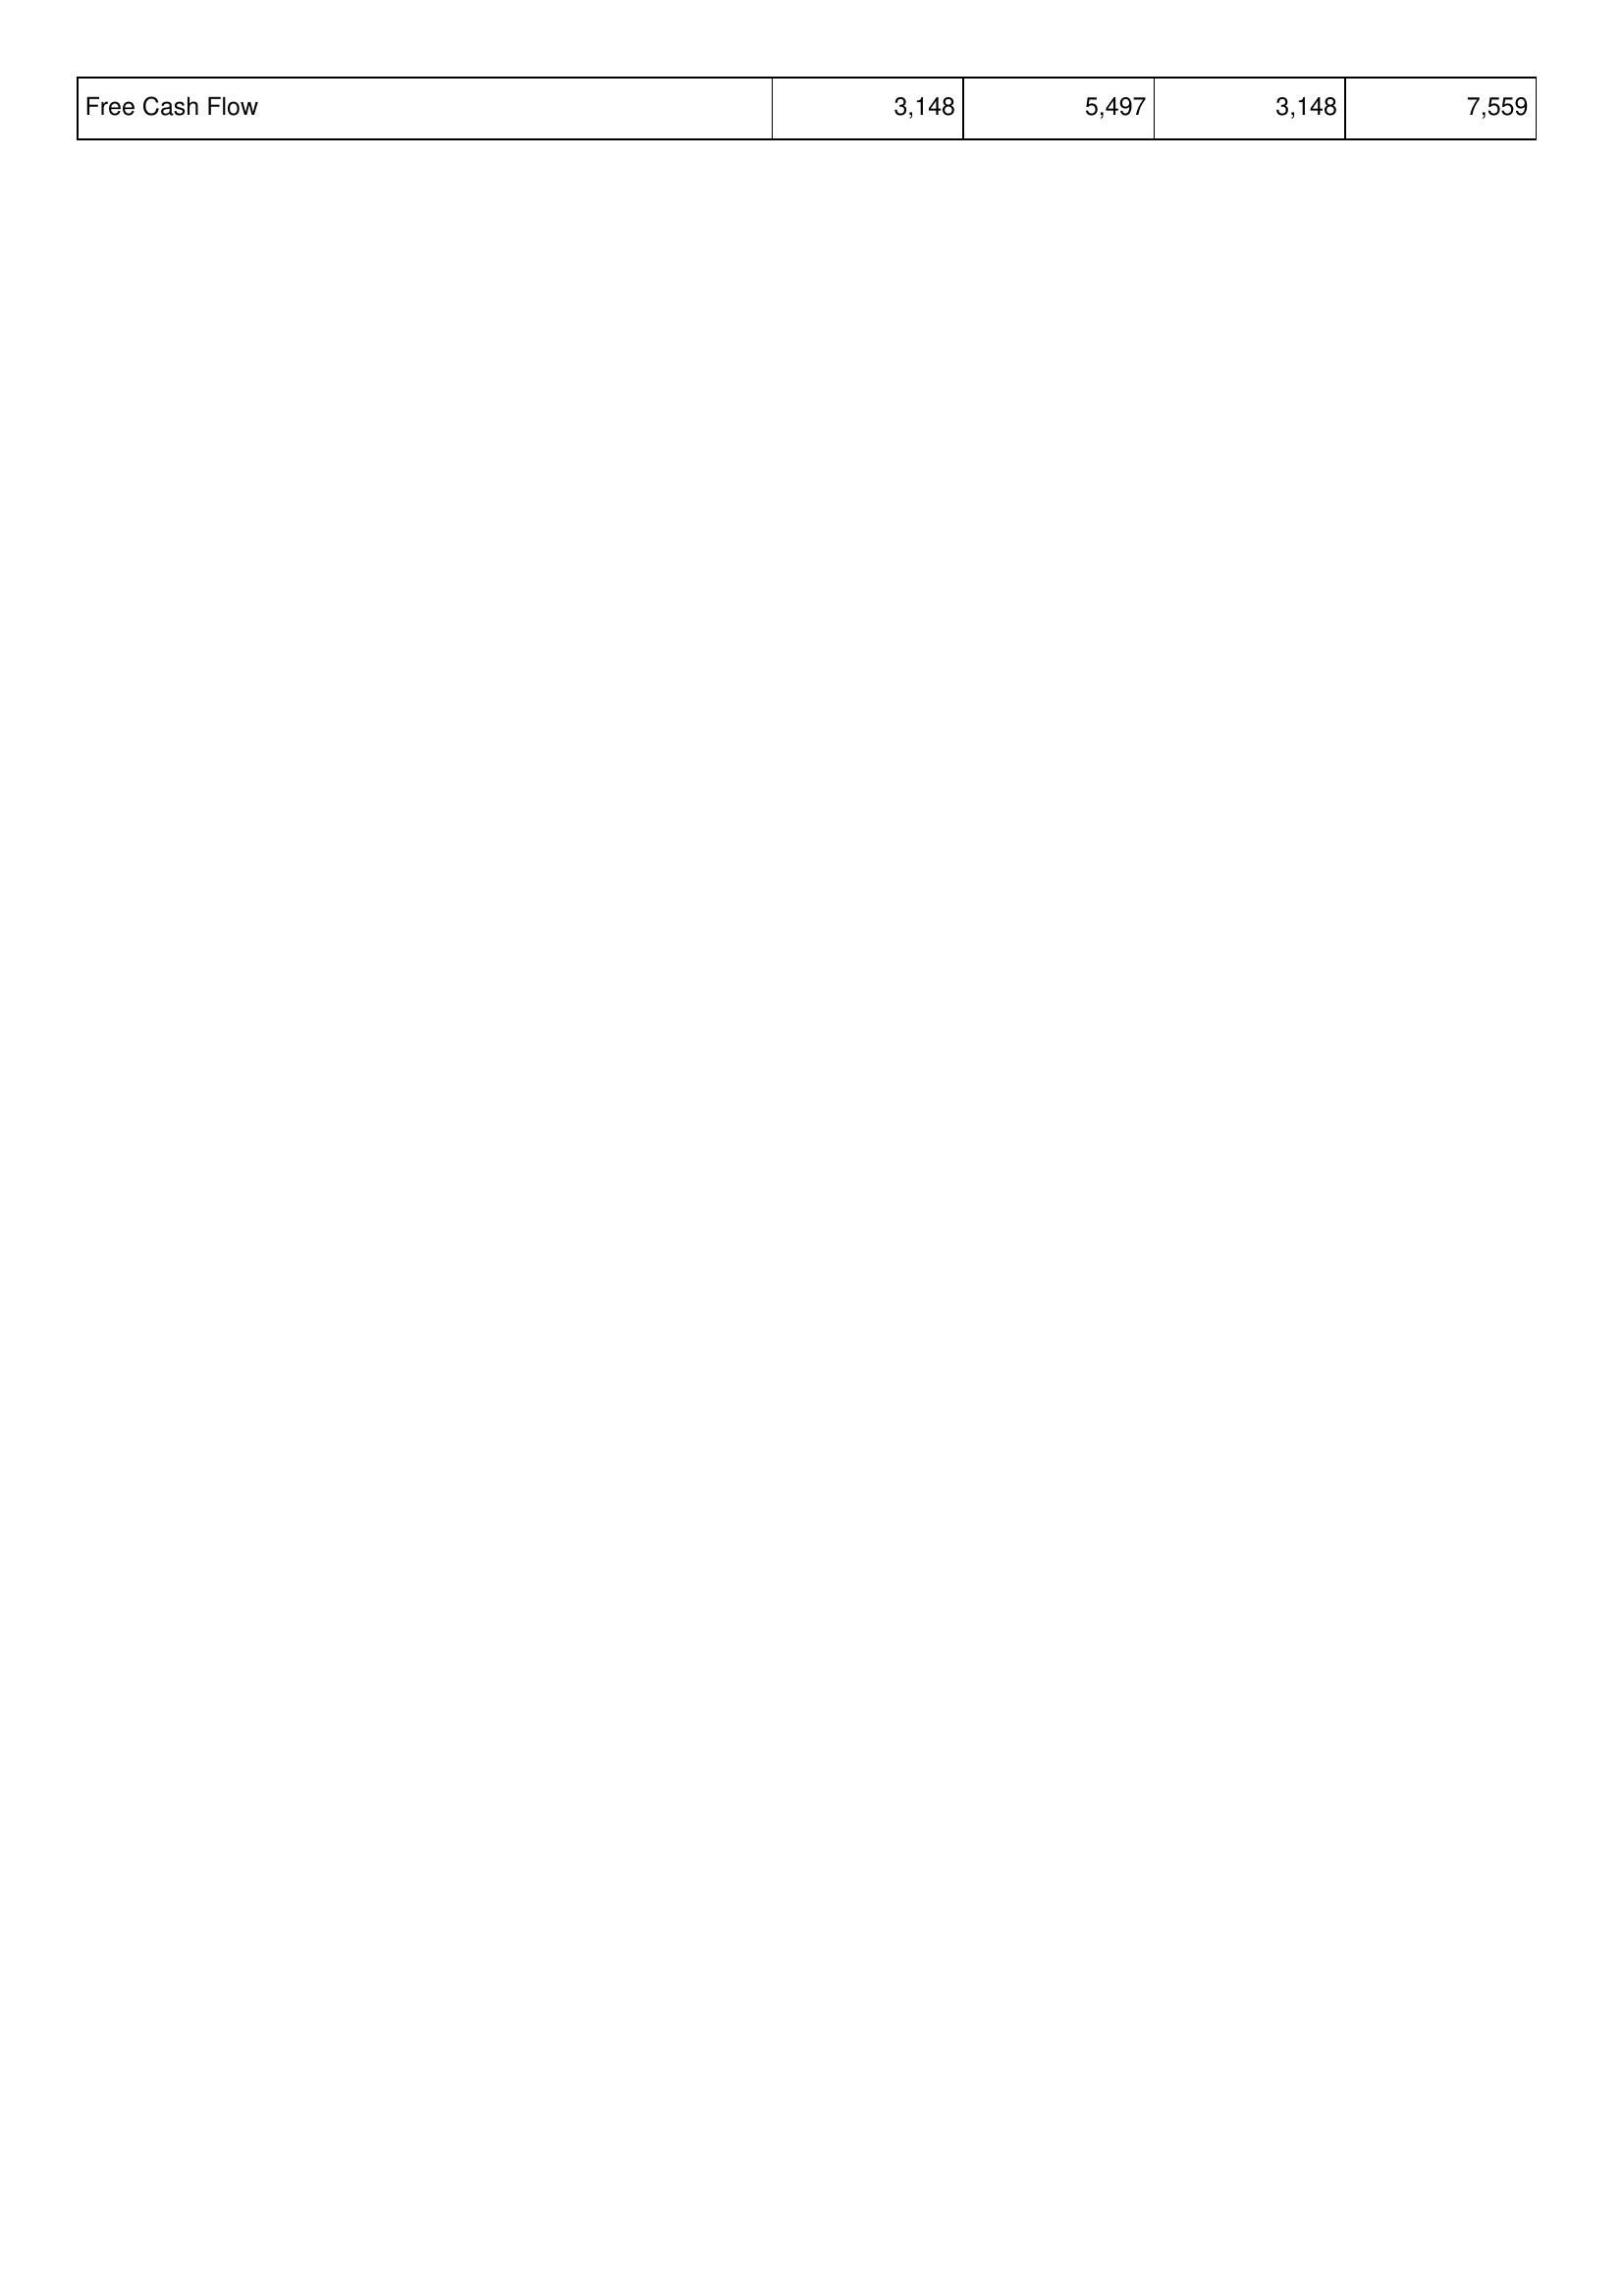
2023: Financing Activities: Free Cash Flow: 3,148
2022: Financing Activities: Free Cash Flow: 5,497
2021: Financing Activities: Free Cash Flow: 3,148
2020: Financing Activities: Free Cash Flow: 7,559